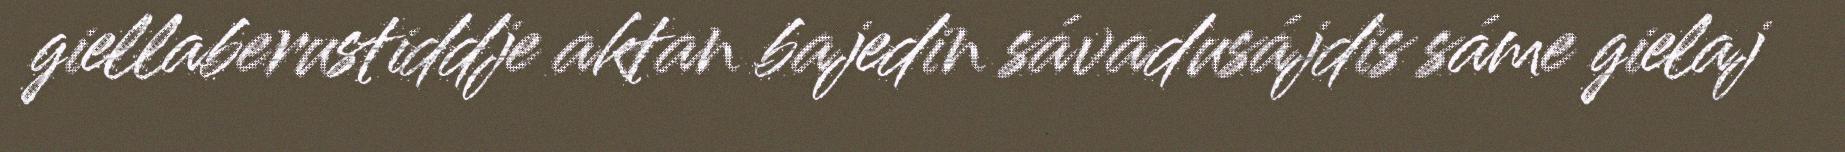
giellaberustiddje aktan bajedin sávadusájdis sáme gielaj